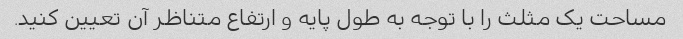
مساحت یک مثلث را با توجه به طول پایه و ارتفاع متناظر آن تعیین کنید.